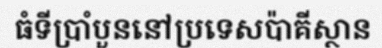
ធំទីប្រាំបួននៅប្រទេសប៉ាគីស្ថាន